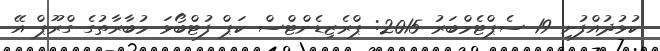
ކުޅުދުއްފުށި 19 ސެޕްޓެމްބަރު 2015: ޕްރެޒިޑެންޓްސް ކަޕް ފުޓްބޯޅަ މުބާރާތުގެ ގްރޫޕް އޭ